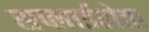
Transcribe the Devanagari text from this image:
सप्लाईहोता